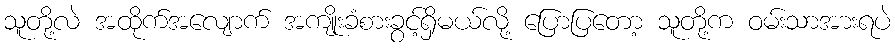
သူတို့လဲ အထိုက်အလျောက် အကျိုးခံစားခွင့်ရှိမယ်လို့ ပြောပြတော့ သူတို့က ဝမ်းသာအားရပဲ